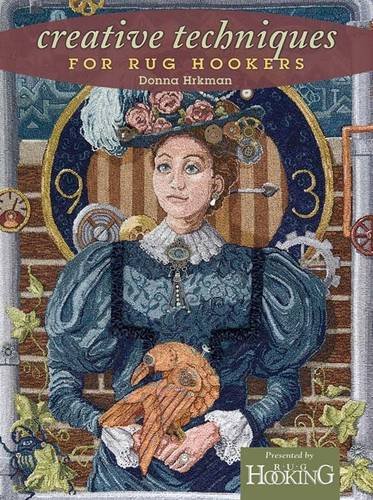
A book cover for Creative Techniques for Rug Hookers; Donna Hrkman; Crafts, Hobbies & Home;